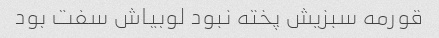
قورمه سبزیش پخته نبود لوبیاش سفت بود